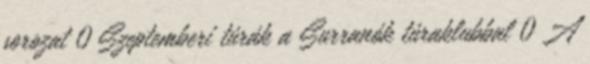
sorozat 0 Szeptemberi túrák a Surranók túraklubbal 0 A